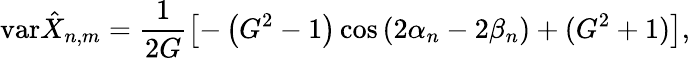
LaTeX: \mathrm{var}\hat{X}_{n,m}=\frac{1}{2G}\left[-\left(G^{2}-1\right)\cos\left(2\alpha_{n}-2\beta_{n}\right)+(G^{2}+1)\right],